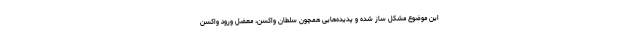
این موضوع مشکل ساز شده و پدیده‌هایی همچون سلطان واکسن، معضل ورود واکسن